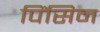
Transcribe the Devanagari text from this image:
पिंसिन